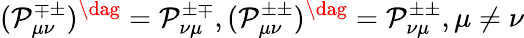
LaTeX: (\mathcal{P}_{\mu\nu}^{\mp\pm})^{\dag}=\mathcal{P}_{\nu\mu}^{\pm\mp},(\mathcal{P}_{\mu\nu}^{\pm\pm})^{\dag}=\mathcal{P}_{\nu\mu}^{\pm\pm},\mu\neq\nu